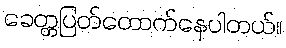
ခေတ္တပြတ်တောက်နေပါတယ်။